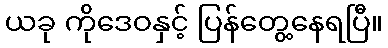
ယခု ကိုဒေဝနှင့် ပြန်တွေ့နေရပြီ။